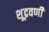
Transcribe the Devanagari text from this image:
शूद्रवर्णी